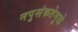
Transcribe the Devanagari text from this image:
नपुसंकतेमुळे